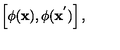
\left[ \phi ( { \bf x } ) , \phi ( { \bf x } ^ { ' } ) \right] ,